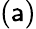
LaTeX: (\mathsf{a})